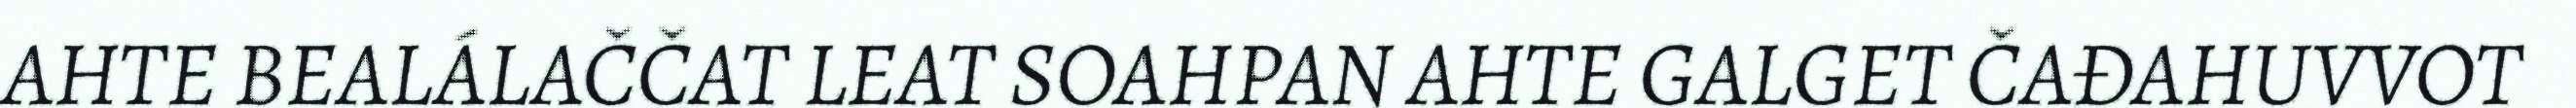
AHTE BEALÁLAČČAT LEAT SOAHPAN AHTE GALGET ČAĐAHUVVOT